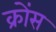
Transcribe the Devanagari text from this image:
क्रोंस